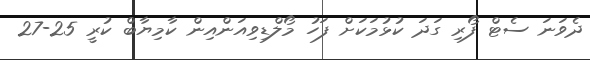
ދެވަނަ ސެޓް ފޯރި ގަދަ ކުޅުމަކަށް ފަހު މޯލްޑިވިއަންއިން ކާމިޔާބް ކުރީ 25-27